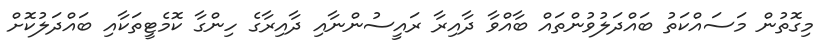
މިގޮތުން މަސައްކަތު ބައްދަލުވުންތައް ބާއްވާ ދާއިރާ ރައީސުންނާއި ދާއިރާގެ ހިންގާ ކޮމެޓީތަކާއި ބައްދަލުކޮށް